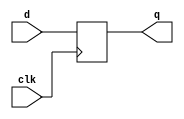
`timescale 1ns / 1ps
//////////////////////////////////////////////////////////////////////////////////
// Company: 
// Engineer: 
// 
// Design Name: 
// Module Name: DFF
// Project Name: 
// Target Devices: 
// Tool Versions: 
// Description: 
// 
// Dependencies: 
// 
// Revision:
// Revision 0.01 - File Created
// Additional Comments:
// 
//////////////////////////////////////////////////////////////////////////////////


module DFF(q, d, clk);

input clk, d;
output reg q;

always@(posedge clk)
begin
    q <= d;  // non-blocking oper
end

endmodule